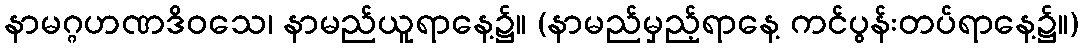
နာမဂ္ဂဟဏဒိဝသေ၊ နာမည်ယူရာနေ့၌။ (နာမည်မှည့်ရာနေ့ ကင်ပွန်းတပ်ရာနေ့၌။)